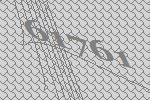
61761